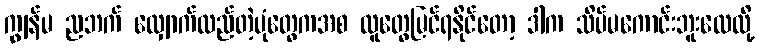
ကျွန်မ ညဘက် လျှောက်လည်တဲ့ပုံတွေကအစ လူတွေမြင်ရနိုင်တော့ ဒါက သိပ်မကောင်းဘူးလေလို့